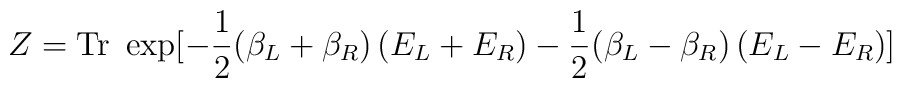
Z= {\rm Tr}\ \exp[-\frac12(\beta_L + \beta_R)\left( E_L + E_R \right)-\frac12(\beta_L - \beta_R)\left( E_L - E_R \right)]